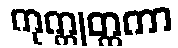
ကုက္ကုတ္ထကာ